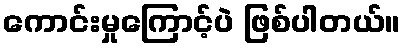
ကောင်းမှုကြောင့်ပဲ ဖြစ်ပါတယ်။